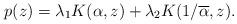
LaTeX: \begin{align*} p(z)= \lambda_{1} K(\alpha,z) + \lambda_{2}K(1/\overline{\alpha},z). \end{align*}